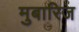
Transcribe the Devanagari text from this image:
मुबारिज